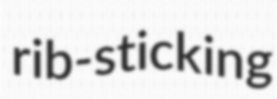
rib-sticking